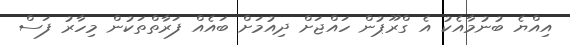
އިއްޔެ ބުނުމާއެކު އެ ގްރޫޕުން ހައްޖަށް ދިއުމަށް ބައެއް ފަރާތްތަކުން މިހާރު ފަސް